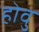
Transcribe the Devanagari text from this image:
होवु